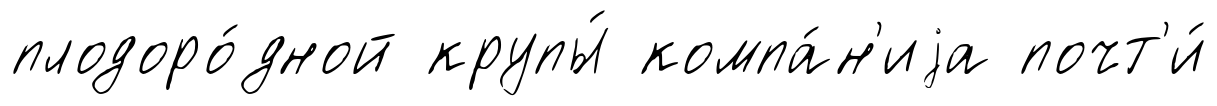
плодоро́дной крупы́ компа́н'иjа почт'и́